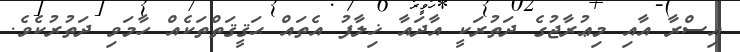
އިސްރާ އާއި މިޢުރާޖުގެ ދަތުރަކީ އާދައާ ޚިލާފު އެތައް ޙަޤީޤަތްތަކެއް ހާމަވި ދަތުރުކެވެ.